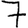
Digit: 7